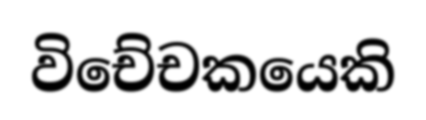
විචේචකයෙකි